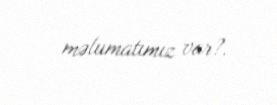
məlumatımız var?.